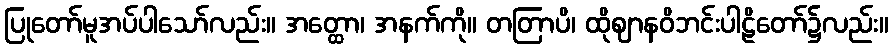
ပြုတော်မူအပ်ပါသော်လည်း။ အတ္ထော၊ အနက်ကို။ တတြာပိ၊ ထိုဈာနဝိဘင်းပါဠိတော်၌လည်း။